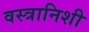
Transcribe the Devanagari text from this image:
वस्त्रानिशी